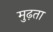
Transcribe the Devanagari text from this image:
मुढ़ता